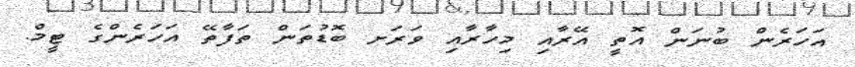
އަހަރެން ބުނަން އޮތީ އޭރާއި މިހާރާއި ވަރަށ ބޮޑުތަން ތަފާތޭ އަހަރެންގެ ޓީމް.